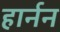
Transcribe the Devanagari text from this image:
हार्नन